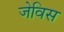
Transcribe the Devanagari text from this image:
जेविस